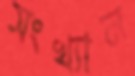
সংখ্যান